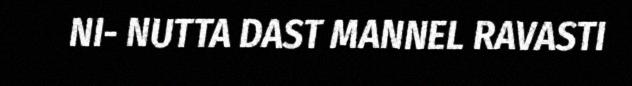
NI- NUTTA DAST MANNEL RAVASTI